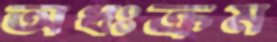
অধঃক্রম